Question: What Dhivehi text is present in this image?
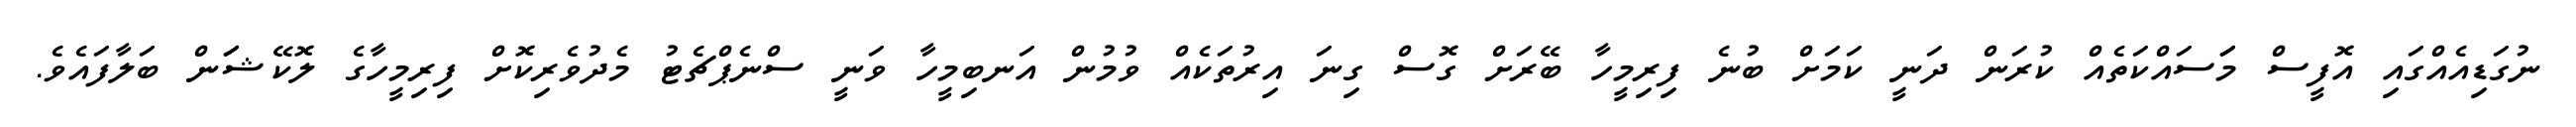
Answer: ނުގަޑިއެއްގައި އޮފީސް މަަސައްކަތެއް ކުރަން ދަނީ ކަމަށް ބުނެ ފިރިމީހާ ބޭރަށް ގޮސް ގިނަ އިރުތަކެއް ވުމުން އަނބިމީހާ ވަނީ ސްނެޕްޗެޓު މެދުވެރިކޮށް ފިރިމީހާގެ ލޮކޭޝަަން ބަލާފައެވެ.